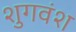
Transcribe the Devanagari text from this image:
शुगवंश